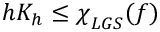
h K _ { h } \le { \chi \smash [ t ] { \mathstrut } } _ { L G S } ( f )